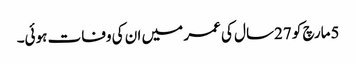
5مارچ کو 27سال کی عمر میں ان کی وفات ہوئی۔